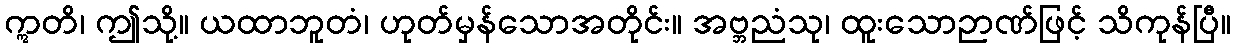
ဣတိ၊ ဤသို့။ ယထာဘူတံ၊ ဟုတ်မှန်သောအတိုင်း။ အဗ္ဘညံသု၊ ထူးသောဉာဏ်ဖြင့် သိကုန်ပြီ။